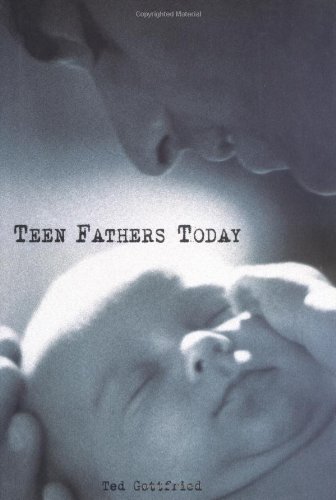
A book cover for Teen Fathers Today; Ted Gottfried; Teen & Young Adult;